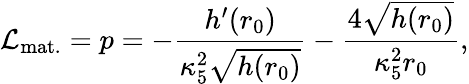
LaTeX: {\cal L}_{\mathrm{mat.}}=p=-\frac{h^{\prime}(r_{0})}{\kappa_{5}^{2}\sqrt{h(r_{0})}}-\frac{4\sqrt{h(r_{0})}}{\kappa_{5}^{2}r_{0}},